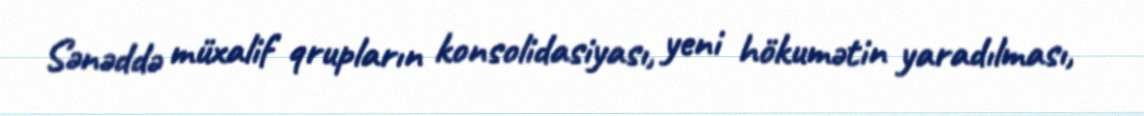
Sənəddə müxalif qrupların konsolidasiyası, yeni hökumətin yaradılması,